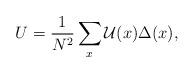
LaTeX: \begin{align*}U=\frac{1}{N^2}\sum_x\mathcal{U}(x)\Delta(x),\end{align*}